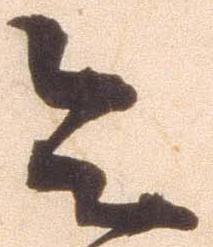
令